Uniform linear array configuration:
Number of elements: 48
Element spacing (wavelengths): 0.5
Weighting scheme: exponential
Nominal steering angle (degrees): -60
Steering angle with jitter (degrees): -60.352
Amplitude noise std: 0.05
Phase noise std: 0.05

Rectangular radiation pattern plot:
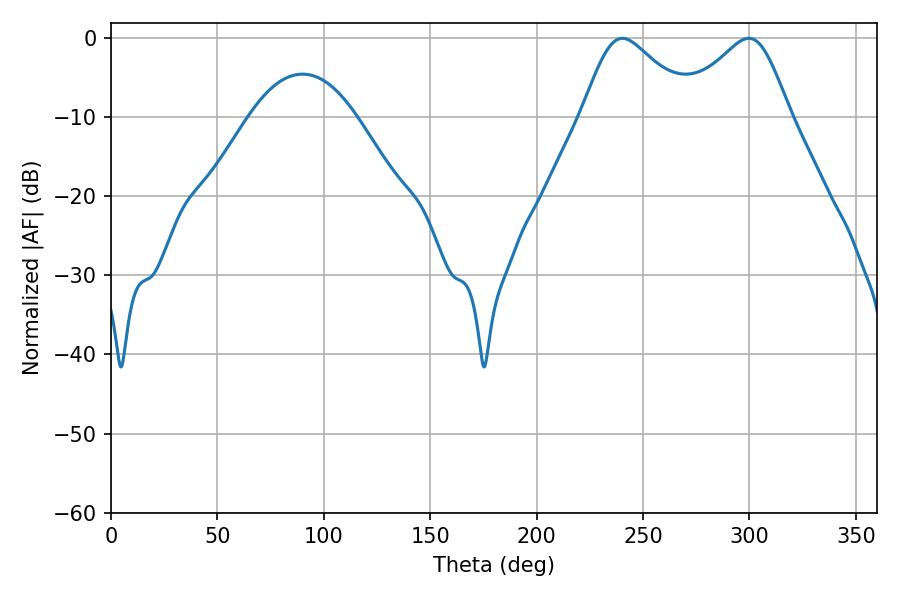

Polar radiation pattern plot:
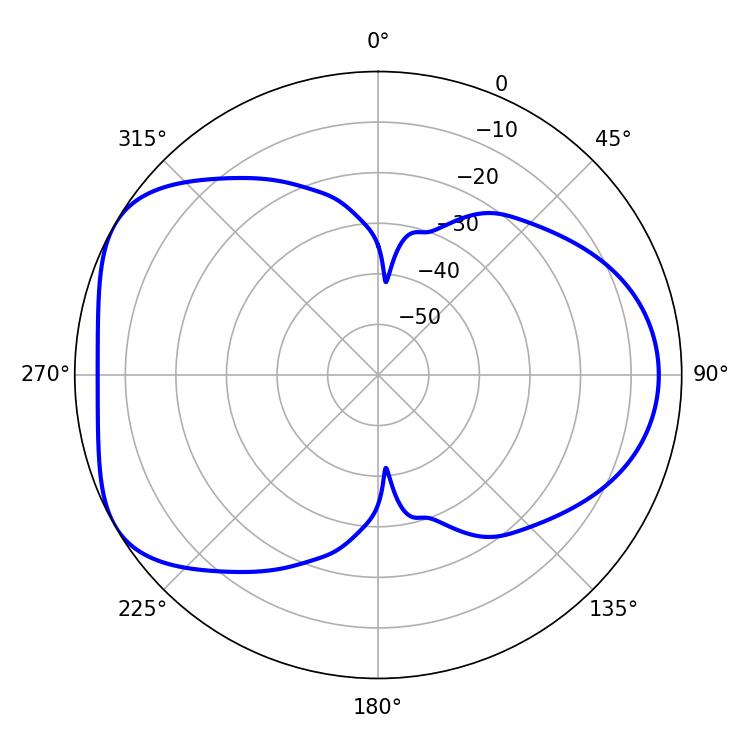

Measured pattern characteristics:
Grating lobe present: FALSE
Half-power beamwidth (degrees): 25.92
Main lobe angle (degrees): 240.3